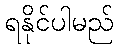
ရနိုင်ပါမည်